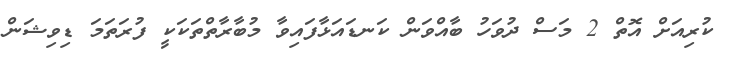
ކުރިއަށް އޮތް 2 މަސް ދުވަހު ބާއްވަން ކަނޑައަޅާފައިވާ މުބާރާތްތަކަކީ ފުރަތަމަ ޑިވިޝަން